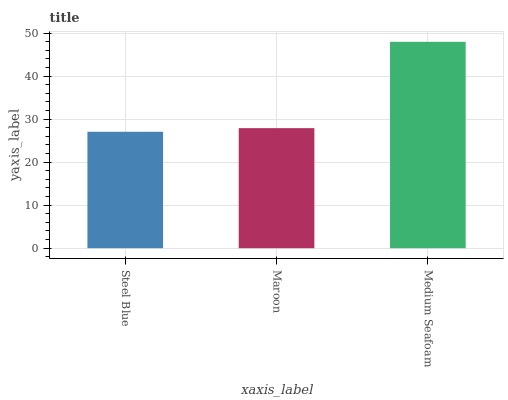
| xaxis_label | bars |
 | --- | --- |
 | Steel Blue | 27.1 |
 | Maroon | 27.9 |
 | Medium Seafoam | 48 |